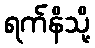
ရက်နိသို့